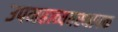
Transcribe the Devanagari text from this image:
उपमहाव्यवस्थापक